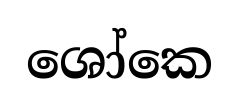
ශෝකෙ